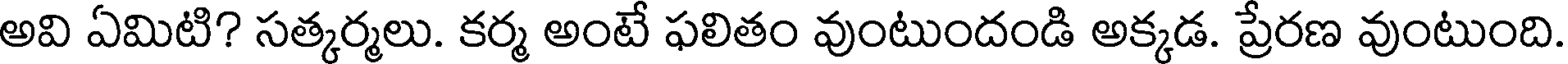
అవి ఏమిటి? సత్కర్మలు. కర్మ అంటే ఫలితం వుంటుందండి అక్కడ. ప్రేరణ వుంటుంది